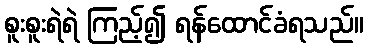
စူးစူးရဲရဲ ကြည့်၍ ရန်ထောင်ခံရသည်။